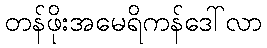
တန်ဖိုးအမေရိကန်ဒေါ်လာ